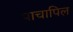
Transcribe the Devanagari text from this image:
पाचापिल